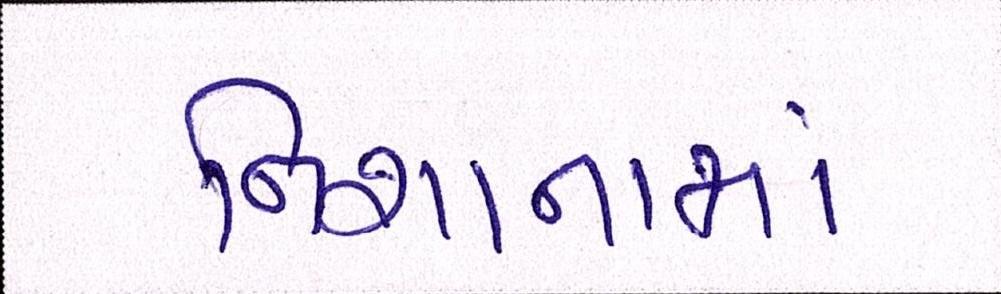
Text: નિશાનામાં